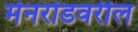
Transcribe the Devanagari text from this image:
मेनरोडवरील